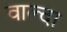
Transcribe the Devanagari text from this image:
वाल्दा